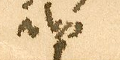
دريان